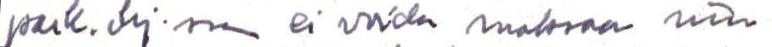
paik. ohj.ssa ei voida maksaa niin